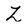
Character: Z